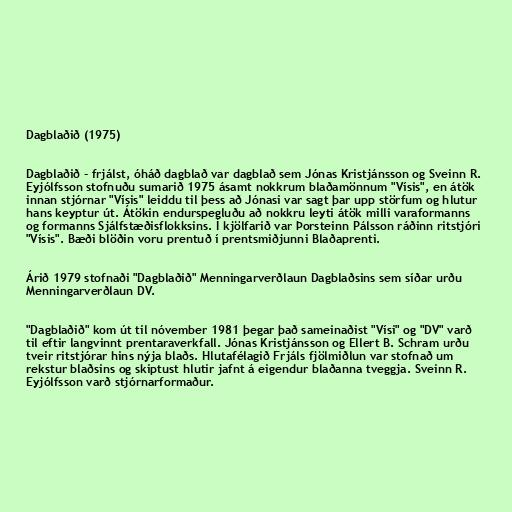
Dagblaðið (1975)

Dagblaðið - frjálst, óháð dagblað var dagblað sem Jónas Kristjánsson og Sveinn R.
Eyjólfsson stofnuðu sumarið 1975 ásamt nokkrum blaðamönnum "Vísis", en átök
innan stjórnar "Vísis" leiddu til þess að Jónasi var sagt þar upp störfum og hlutur
hans keyptur út. Átökin endurspegluðu að nokkru leyti átök milli varaformanns
og formanns Sjálfstæðisflokksins. Í kjölfarið var Þorsteinn Pálsson ráðinn ritstjóri
"Vísis". Bæði blöðin voru prentuð í prentsmiðjunni Blaðaprenti.

Árið 1979 stofnaði "Dagblaðið" Menningarverðlaun Dagblaðsins sem síðar urðu
Menningarverðlaun DV.

"Dagblaðið" kom út til nóvember 1981 þegar það sameinaðist "Vísi" og "DV" varð
til eftir langvinnt prentaraverkfall. Jónas Kristjánsson og Ellert B. Schram urðu
tveir ritstjórar hins nýja blaðs. Hlutafélagið Frjáls fjölmiðlun var stofnað um
rekstur blaðsins og skiptust hlutir jafnt á eigendur blaðanna tveggja. Sveinn R.
Eyjólfsson varð stjórnarformaður.